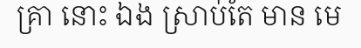
គ្រា នោះ ឯង ស្រាប់តែ មាន មេ